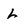
Character: L